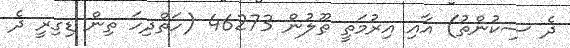
ދެ ސިކުންތު) އާއި އިރުމަތީ ޠޫލުން 46273 (ހަތްދިހަ ތިން ޑިގިރީ ދެ